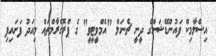
އިސްލާމިކް ފައުންޑޭޝަންގެ ދީނީ ޗެނަލް "އެމްވީޓީވީ" ގެ ޕްރޮގްރާމްތައް މިއަދު ފަށައިފި